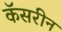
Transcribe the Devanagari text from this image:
कॅसरीन